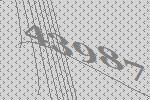
43987